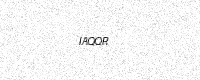
Text: IAQQR